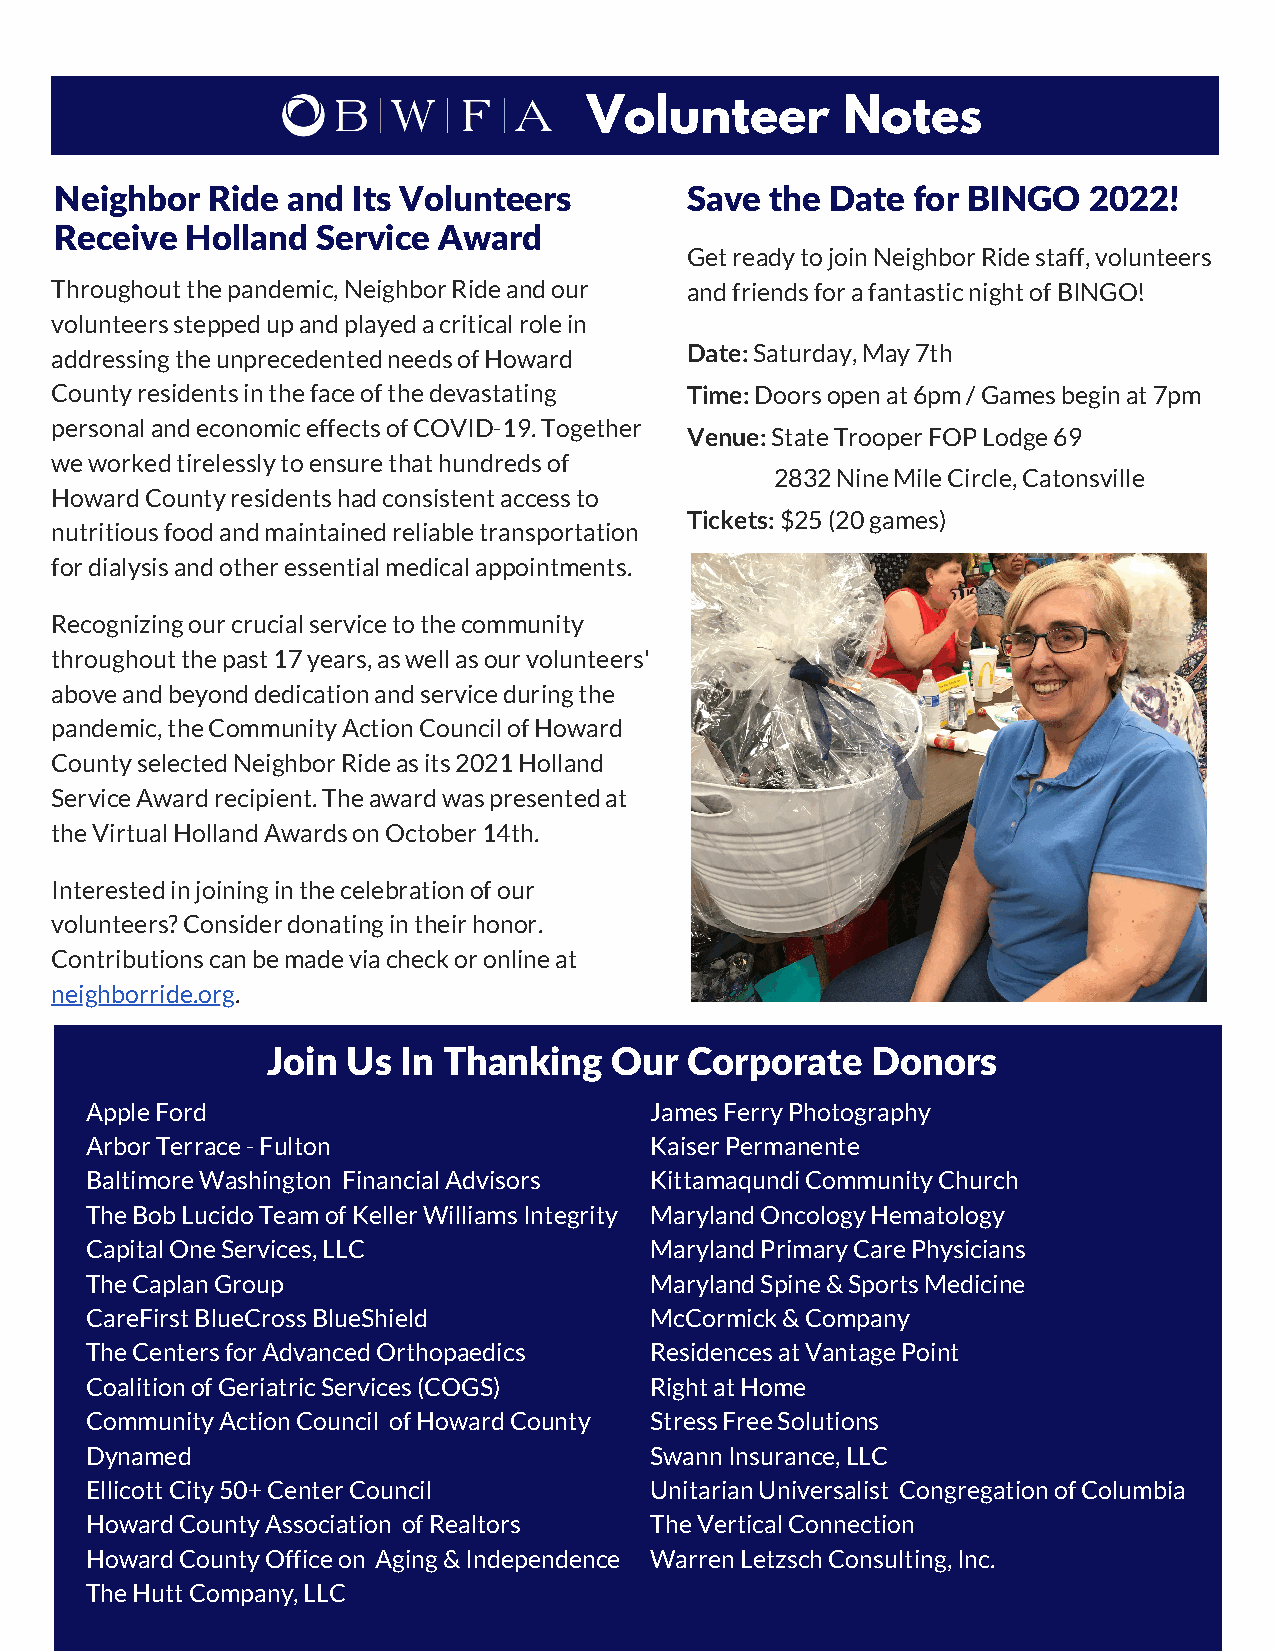
Volunteer        Notes
 Neighbor  Ride and Its Volunteers        Save  the Date for BINGO   2022!
 Receive Holland  Service Award
 Get ready to join Neighbor Ride staff, volunteers
 Throughout the pandemic, Neighbor Ride and our and friends for a fantastic night of BINGO!
 volunteers stepped up and played a critical role in
 addressing the unprecedented needs of Howard Date: Saturday, May 7th
 County residents in the face of the devastating Time: Doors open at 6pm / Games begin at 7pm
 personal and economic effects of COVID-19. Together
 Venue: State Trooper FOP Lodge 69
 we worked tirelessly to ensure that hundreds of
 2832 Nine Mile Circle, Catonsville
 Howard County residents had consistent access to
 Tickets: $25 (20 games)
 nutritious food and maintained reliable transportation
 for dialysis and other essential medical appointments.
 Recognizing our crucial service to the community
 throughout the past 17 years, as well as our volunteers'
 above and beyond dedication and service during the
 pandemic, the Community Action Council of Howard
 County selected Neighbor Ride as its 2021 Holland
 Service Award recipient. The award was presented at
 the Virtual Holland Awards on October 14th.
 Interested in joining in the celebration of our
 volunteers? Consider donating in their honor.
 Contributions can be made via check or online at
 neighborride.org.
 Join Us  In Thanking  Our  Corporate    Donors
 Apple Ford                           James Ferry Photography
 Arbor Terrace - Fulton               Kaiser Permanente
 Baltimore Washington Financial Advisors Kittamaqundi Community Church
 The Bob Lucido Team of Keller Williams Integrity Maryland Oncology Hematology
 Capital One Services, LLC            Maryland Primary Care Physicians
 The Caplan Group                     Maryland Spine & Sports Medicine
 CareFirst BlueCross BlueShield       McCormick & Company
 The Centers for Advanced Orthopaedics Residences at Vantage Point
 Coalition of Geriatric Services (COGS) Right at Home
 Community Action Council of Howard County Stress Free Solutions
 Dynamed                              Swann Insurance, LLC
 Ellicott City 50+ Center Council     Unitarian Universalist Congregation of Columbia
 Howard County Association of Realtors The Vertical Connection
 Howard County Office on Aging & Independence Warren Letzsch Consulting, Inc.
 The Hutt Company, LLC